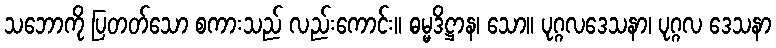
သဘောကို ပြတတ်သော စကားသည် လည်းကောင်း။ ဓမ္မဒိဋ္ဌာန၊ သော။ ပုဂ္ဂလဒေသနာ၊ ပုဂ္ဂလ ဒေသနာ